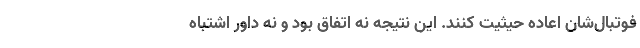
فوتبال‌شان اعاده حیثیت کنند. این نتیجه نه اتفاق بود و نه داور اشتباه